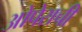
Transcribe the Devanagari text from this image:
ओपेराची